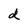
Character: d